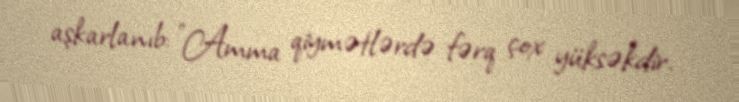
aşkarlanıb: "Amma qiymətlərdə fərq çox yüksəkdir.